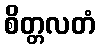
စိတ္တလတံ